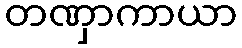
တဏှာကာယာ